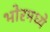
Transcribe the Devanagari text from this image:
भोरमध्ये